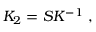
\begin{array} { r } { K _ { 2 } = S K ^ { - 1 } \; , } \end{array}